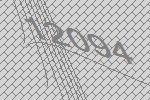
12094